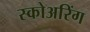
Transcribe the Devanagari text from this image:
स्कोअरिंग